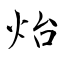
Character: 炲